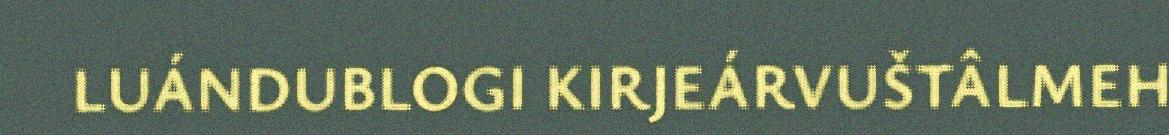
LUÁNDUBLOGI KIRJEÁRVUŠTÂLMEH